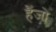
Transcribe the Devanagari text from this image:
हैंजो